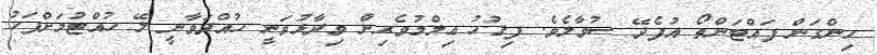
ހިންގަން ފައްޓަންތޯ އުފެދޭ ސުވާލެވެ. ފިޤުހު ޢިލްމުވެރިން ވިދާޅުވަނީ ހުއްދަވާނީ ލޭ ހުއްޓުމަށްފަހު